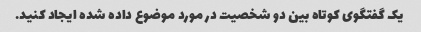
یک گفتگوی کوتاه بین دو شخصیت در مورد موضوع داده شده ایجاد کنید.